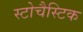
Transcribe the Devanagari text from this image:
स्टोचैस्टिक